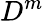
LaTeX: D^{m}